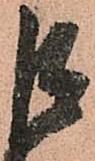
巨